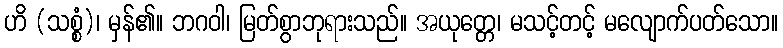
ဟိ (သစ္စံ)၊ မှန်၏။ ဘဂဝါ၊ မြတ်စွာဘုရားသည်။ အယုတ္တေ၊ မသင့်တင့် မလျောက်ပတ်သော။